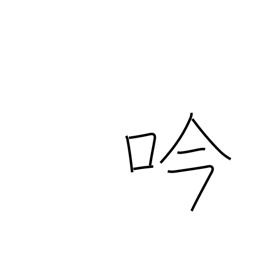
Meaning: singing